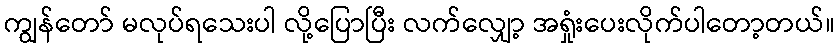
ကျွန်တော် မလုပ်ရသေးပါ လို့ပြောပြီး လက်လျှော့ အရှုံးပေးလိုက်ပါတော့တယ်။